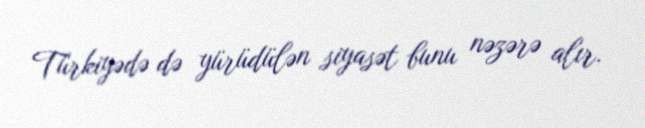
Türkiyədə də yürüdülən siyasət bunu nəzərə alır.